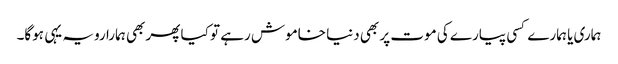
ہماری یا ہمارے کسی پیارے کی موت پر بھی دنیا خاموش رہے تو کیا پھر بھی ہمارا رویہ یہی ہوگا۔